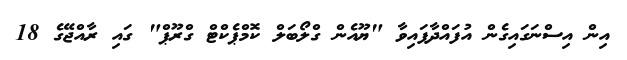
އިން އިސްނަގައިގެން އުފައްދާފައިވާ "ޔޫއެން ގްލޯބަލް ކޮމްޕެކްޓް ގްރޫޕް" ގައި ރާއްޖޭގެ 18